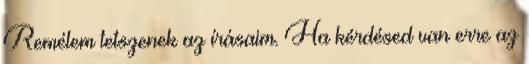
Remélem tetszenek az írásaim. Ha kérdésed van erre az